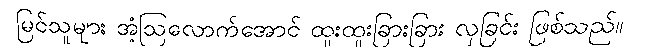
မြင်သူများ အံ့ဩလောက်အောင် ထူးထူးခြားခြား လှခြင်း ဖြစ်သည်။